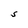
Character: S